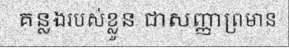
គន្លងរបស់ខ្លួន ជាសញ្ញាព្រមាន